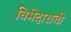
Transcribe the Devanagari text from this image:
विमेदाराची